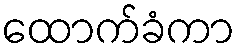
ထောက်ခံကာ